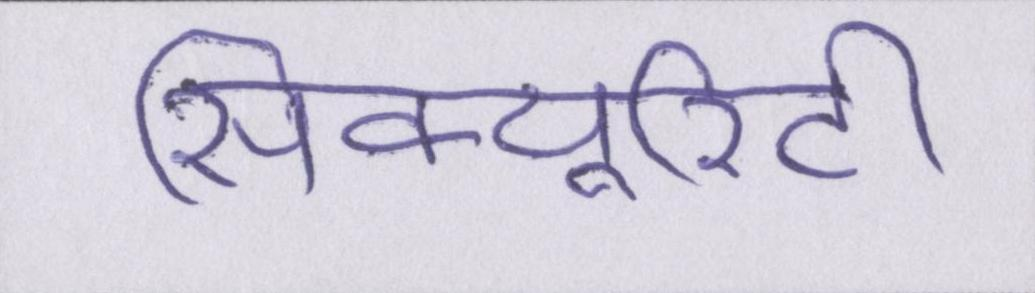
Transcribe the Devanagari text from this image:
सिक्यूरिटी